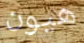
هيون